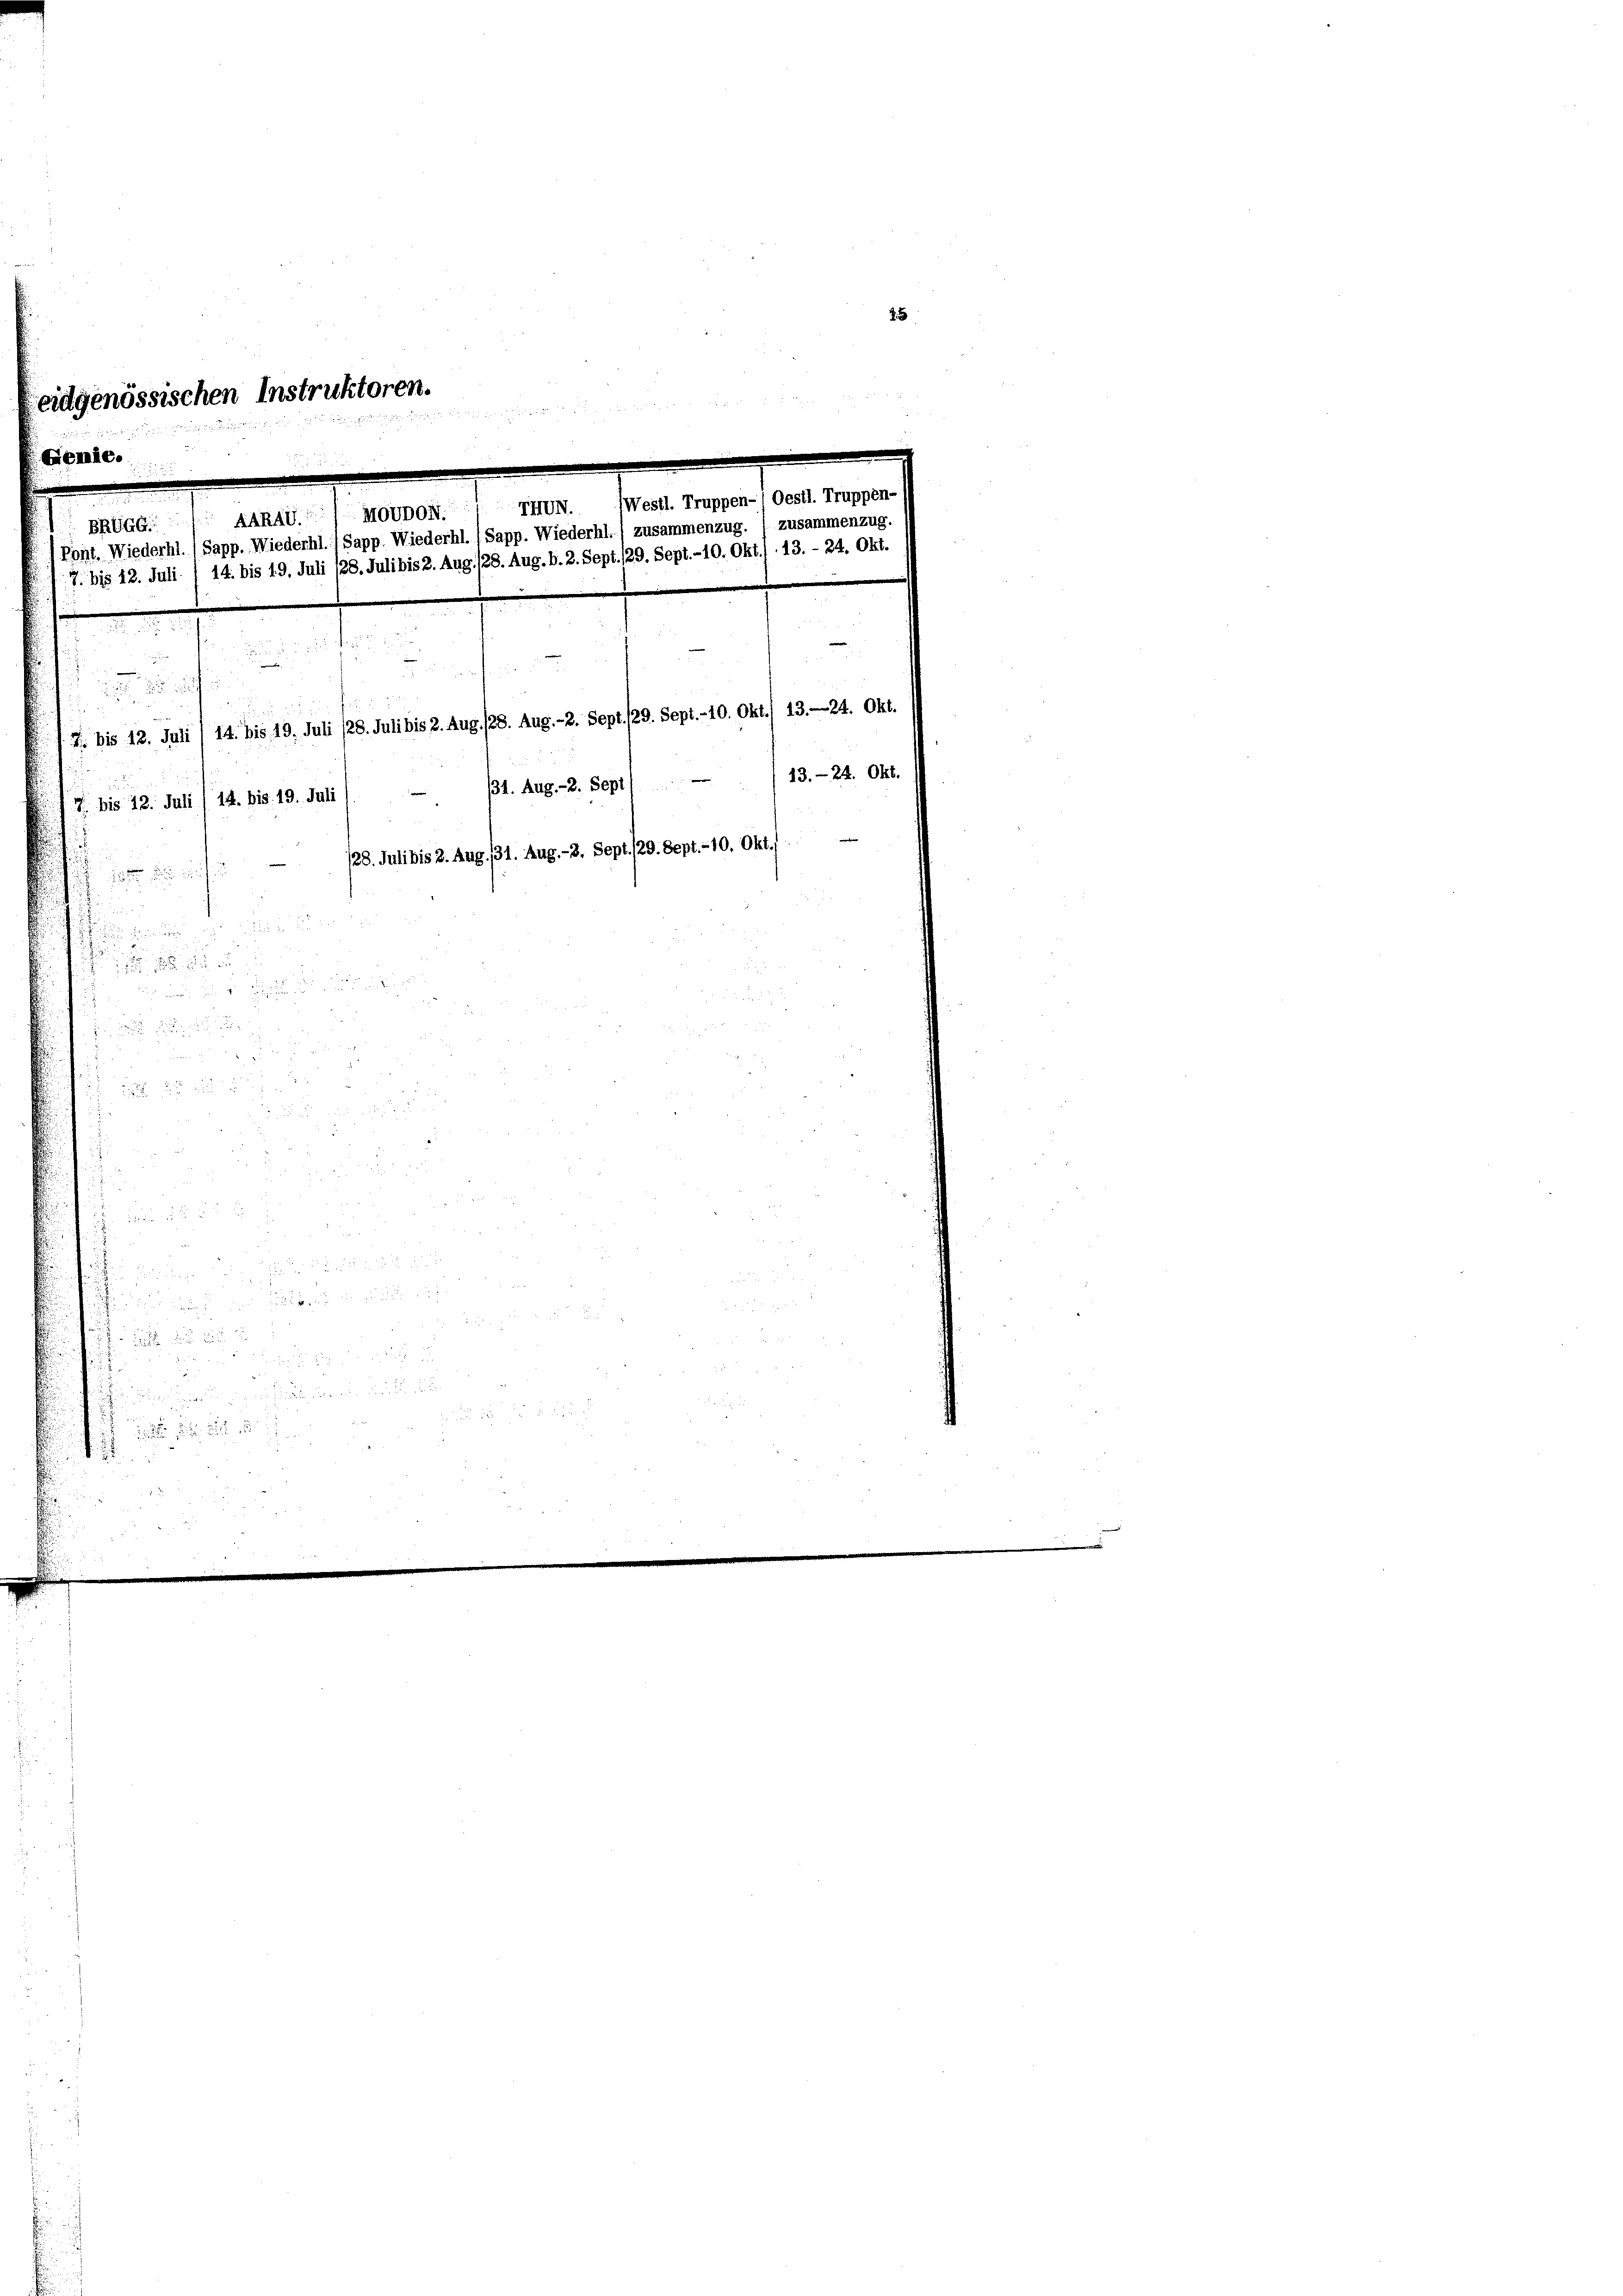
eidgenössischen Instruktoren.
i, deren der
Gemde.
Westl. Truppen-, Oestl. Truppen-
ARAG) Moudon. (T.
BRGGG.
Wiederhl.) Sapp. Wiederhl. (Sapp. Wiederhl./ zusammenzug. ) zusammenzug.
(Pont. Wiederhl. Sap
ibis 2. Aug. 128. Aug. b. 2. Sept. 129. Sept. - 10. Okt.1 13. - 24. Okt.
19. Juli 128. d.
7. bis 12. Juli / 14. bi

 25. 2
i
7. bis 12. Juli , 14. bis 19. Juli 128. Juli bis 2. Aug. 128. Aug. - 2. Sept. 129. Sept.-10. Okt. 13. 24. Okt.
/31. Aug. - 2. Sept. 13. 24. Okt.
17 bis 12. Juli / 14. bis 19. Juli
28. Juli bis 2. Aug. 131. Aug. - 3. Sept./29. Sept. - 10. Okt./

n

ih

.

d 153
n
x
d
 20 x

 xx
.

. . . . .

25